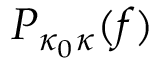
P _ { \kappa _ { 0 } \kappa } ( f )